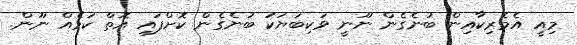
މިއީ އެމެރިކާއިން ބުނެގެން ނޫނީ ވަކިބަޔަކު ބުނެގެން ކޮށްފައި އޮތް ކަމެއް ނޫން.